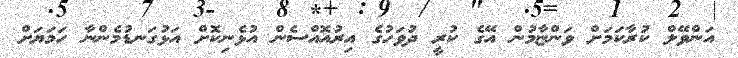
އަންވޭލް ކުރާކަމަށް ވަންޏާމުން އޭގެ ކުރީ ދުވަހުގެ އިރުއޮއްސެން އުޅެނިކޮށް އަޅުގަނޑުމެންނާ ހަމަޔަށް